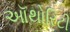
ઑથોરિટી